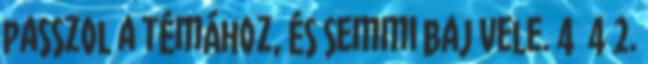
passzol a témához, és semmi baj vele. 4 4 2.